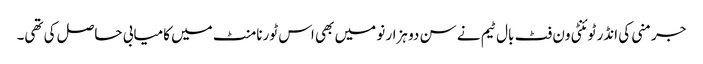
جرمنی کی انڈر ٹوئنٹی ون فٹ بال ٹیم نے سن دو ہزار نو میں بھی اس ٹورنامنٹ میں کامیابی حاصل کی تھی۔